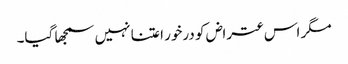
مگر اس عتراض کو درخور اعتنا نہیں سمجھا گیا۔